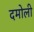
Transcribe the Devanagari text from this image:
दमोली